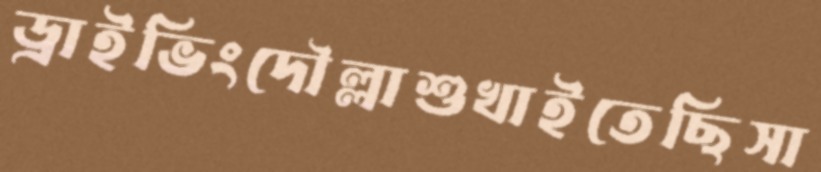
ড্রাইভিংদৌল্লাশুখাইতেছিসা